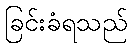
ခြင်းခံရသည်